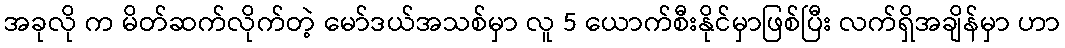
အခုလို က မိတ်ဆက်လိုက်တဲ့ မော်ဒယ်အသစ်မှာ လူ 5 ယောက်စီးနိုင်မှာဖြစ်ပြီး လက်ရှိအချိန်မှာ ဟာ